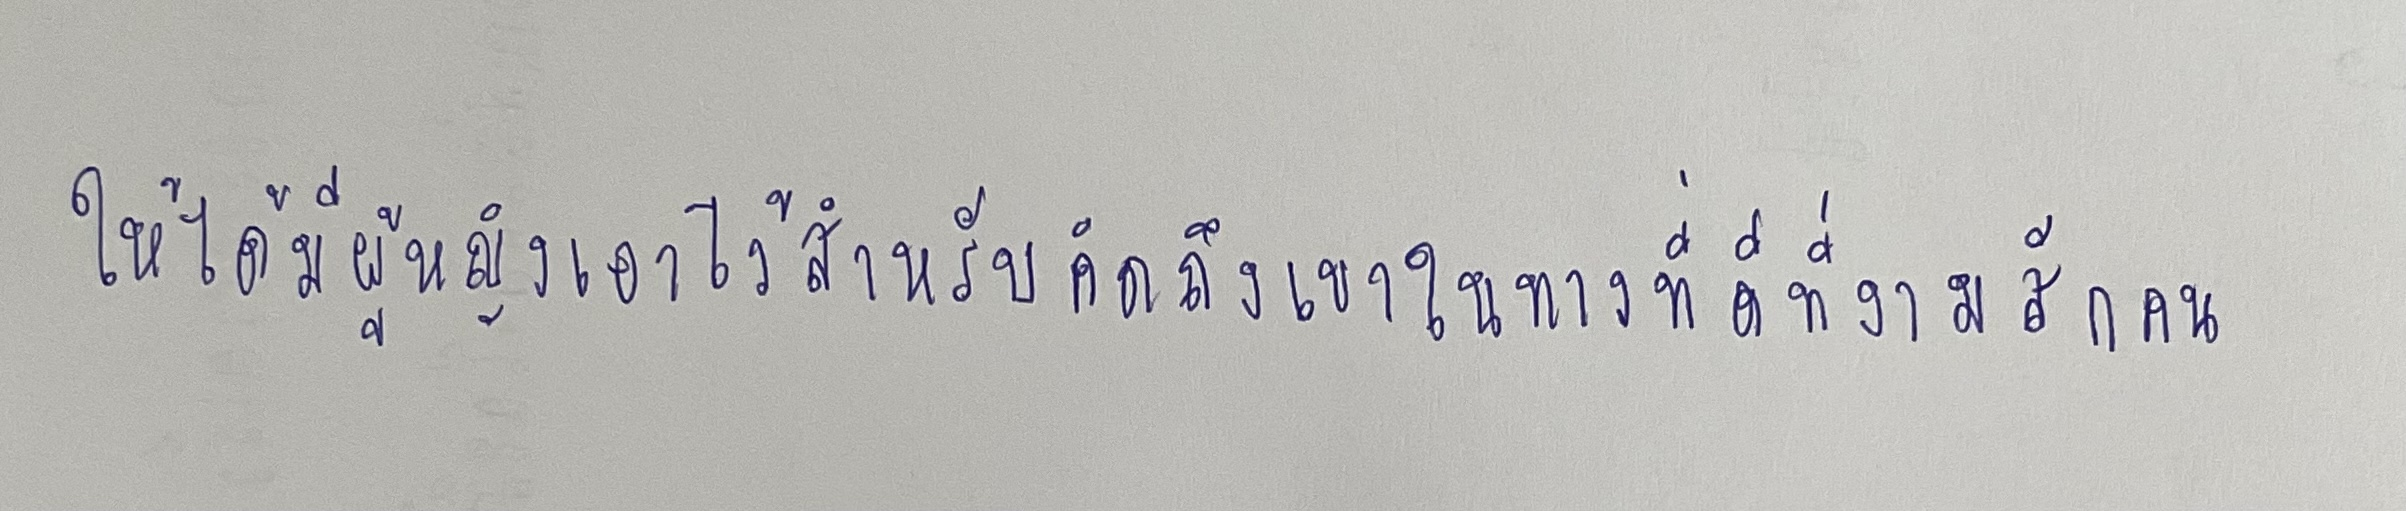
ให้ได้มีผู้หญิงเอาไว้สำหรับคิดถึงเขาในทางที่ดีที่งามสักคน